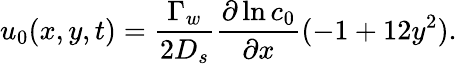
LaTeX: u_{0}(x,y,t)=\frac{\Gamma_{w}}{2D_{s}}\frac{\partial\ln c_{0}}{\partial x}(-1+12y^{2}).